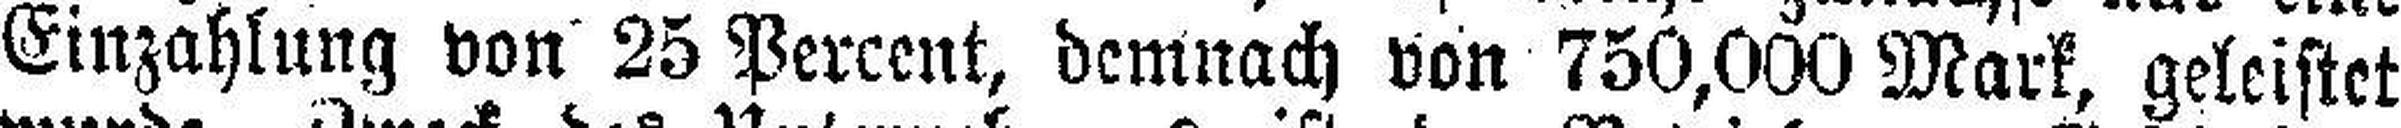
Einzahlung von 25 Percent, demnach von 750,000 Mark, geleistet